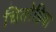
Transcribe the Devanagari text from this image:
चितोडिया